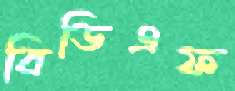
বিডিএফ